system: You are a helpful assistant.
user:
Analyze the provided spectrum to determine if it is a **Carbon Star (C-type)**.

- **Key Visual Indicators of Carbon Star:**
    - **(Primary):** Strong molecular absorption from **C₂ (diatomic carbon) "Swan Bands."** This is the **defining feature** of a carbon star.
        - **(Key Bandheads):** Sharp absorption edges are visible at approximately $5635$ Å, $5165$ Å (the strongest band), and $4737$ Å.
        - **(Line Profile):** Creates a distinct **"saw-tooth"** pattern. The key morphology is a sharp, steep bandhead on the **red (long-wavelength) side**, which then gradually tapers off (i.e., flux recovers) towards the **blue (short-wavelength) side**. *(This is the direct opposite of the TiO bands seen in M-type stars)*.

    - **(Secondary):** Intense **CN (cyanogen)** molecular absorption bands.
        - **(Key Bandheads):** Located in the blue and violet regions of the spectrum (e.g., near $4215$ Å and $3883$ Å).
        - **(Morphology):** These bands are extremely broad and act as a "blanket," absorbing the vast majority of blue and violet light. This creates a characteristic **"cliff"** or **"steep drop-off"** in the spectrum's flux at short wavelengths.

    - **(Key Confirmation):** Strong **CH absorption band (G-band)**.
        - **(Key Bandhead):** Located around $4300$ Å. The contribution from CH molecules to this band is exceptionally strong.

    - **(Overall Spectrum):**
        - The continuum is severely "chopped up" by these deep molecular bands, especially C₂, rather than appearing as a smooth curve.
        - Due to the heavy CN and C₂ absorption in the blue-green, the vast majority of the star's flux is concentrated in the red part of the spectrum, giving the star its characteristic deep red color.

Think first, call **spectral_visualization_tool** if needed to examine features in detail, then provide your final answer. Your response must adhere to the following strict rules:
1.  **Overall Structure:** Your response must follow the format `<think>...</think> <tool_call>...</tool_call> (if a tool is used) <answer>...</answer>`.
2.  **Tool Usage Constraint:** You may only make **one** tool call per turn.
3.  **Final Answer Format:** In the `<answer>` tag, your conclusion must be inside a `\boxed{}` command (e.g., `\boxed{YES}`), followed by your justification.

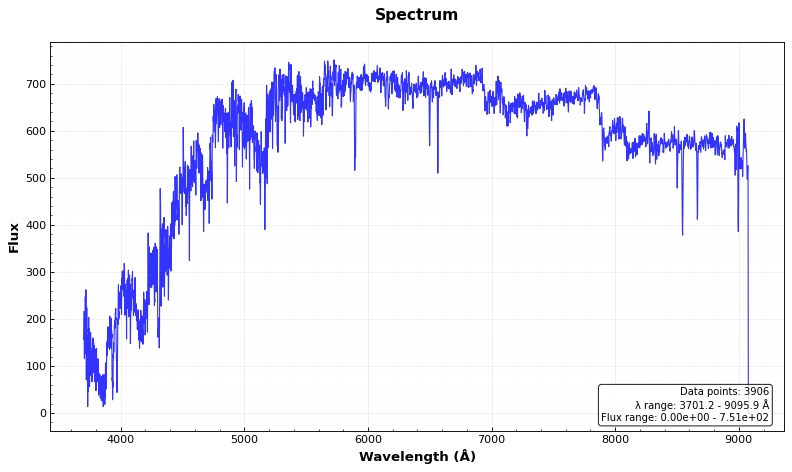
Answer: YES